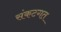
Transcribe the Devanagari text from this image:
संकटगत